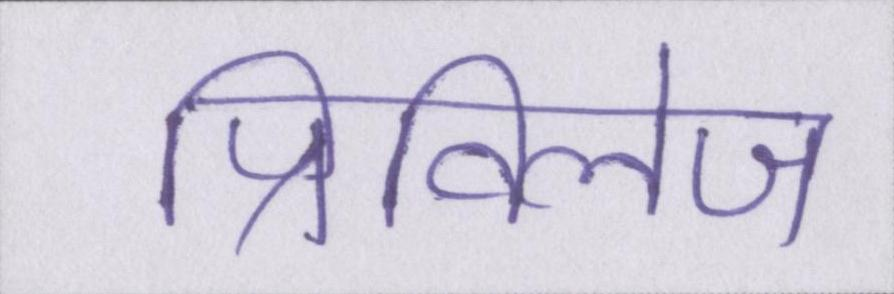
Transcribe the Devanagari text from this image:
प्रिविलेज